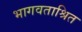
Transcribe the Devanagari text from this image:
भागवताश्रित